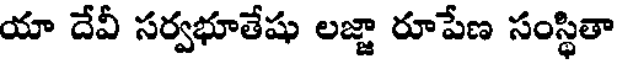
యా దేవీ సర్వభూతేషు లజ్జా రూపేణ సంస్థితా